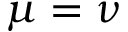
\mu = \nu